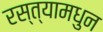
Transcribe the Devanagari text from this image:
रस्त्यामधुन